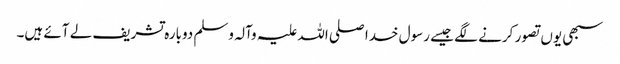
سبھی یوں تصور کرنے لگے جیسے رسول خدا صلی اللہ علیہ وآلہ وسلم دوبارہ تشریف لے آئے ہیں۔